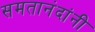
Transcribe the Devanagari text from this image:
समतानंदांनी